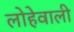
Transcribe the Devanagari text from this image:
लोहेवाली